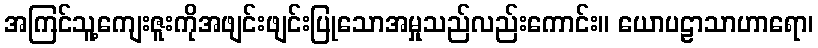
အကြင်သူ့ကျေးဇူးကိုအဖျင်းဖျင်းပြုသောအမှုသည်လည်းကောင်း။ ယောပဠာသာဟာရော၊